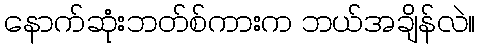
နောက်ဆုံးဘတ်စ်ကားက ဘယ်အချိန်လဲ။